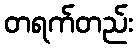
တရက်တည်း